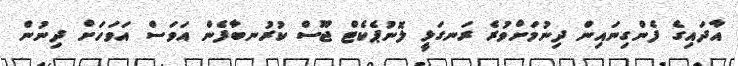
އާދައިގެ ފެންގިނައިން ދިނުމަށްވުރެ ރަނގަޅީ ލޮނުޕެކެޓް ޖޫސް ކުރުނބާފެން އަވަސް އަވަހަށް ދިނުން